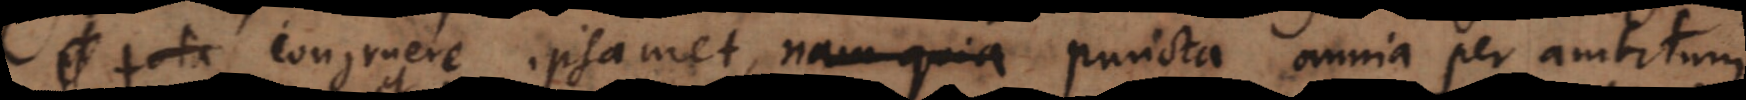
tota congruere ipsamet, nam quia puncta omnia per ambitum